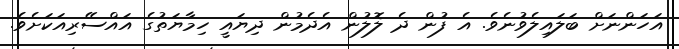
އަހަންނަށް ބަލައިލެވުނެވެ. އެ ފުން ދެ ލޮލުން އެދެމުން ދިޔައީ ހިމާޔަތުގެ އައްސޭރިއަކަށެވެ.